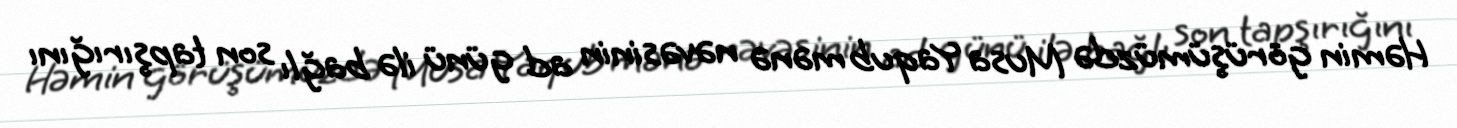
Həmin görüşümüzdə Musa Yaqub mənə nəvəsinin ad günü ilə bağlı son tapşırığını